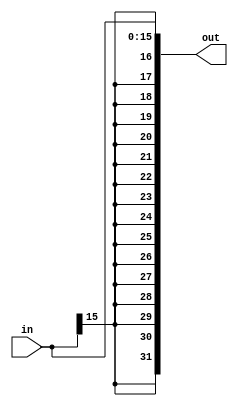
// ,   
// 16-    32-
module sign_extend(in, out);
  input [15:0] in;
  output [31:0] out;

  assign out = {{16{in[15]}}, in};
endmodule

// ,     
//   2 
module shl_2(in, out);
  input [31:0] in;
  output [31:0] out;

  assign out = {in[29:0], 2'b00};
endmodule

// 32  
module adder(a, b, out);
  input [31:0] a, b;
  output [31:0] out;

  assign out = a + b;
endmodule

// 32- 
module mux2_32(d0, d1, a, out);
  input [31:0] d0, d1;
  input a;
  output [31:0] out;
  assign out = a ? d1 : d0;
endmodule

// 5 -  
module mux2_5(d0, d1, a, out);
  input [4:0] d0, d1;
  input a;
  output [4:0] out;
  assign out = a ? d1 : d0;
endmodule